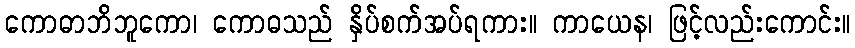
ကောဓာဘိဘူကော၊ ကောဓသည် နှိပ်စက်အပ်ရကား။ ကာယေန၊ ဖြင့်လည်းကောင်း။